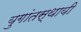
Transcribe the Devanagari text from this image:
युगांतस्थायी